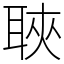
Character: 聗